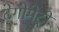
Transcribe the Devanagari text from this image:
टेगोमेट्री